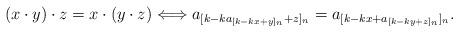
LaTeX: \begin{align*}(x\cdot y)\cdot z=x\cdot (y\cdot z)\Longleftrightarrow a_{[k-ka_{[k-kx+y]_n}+z]_n}=a_{[k-kx+a_{[k-ky+z]_n}]_n}.\end{align*}